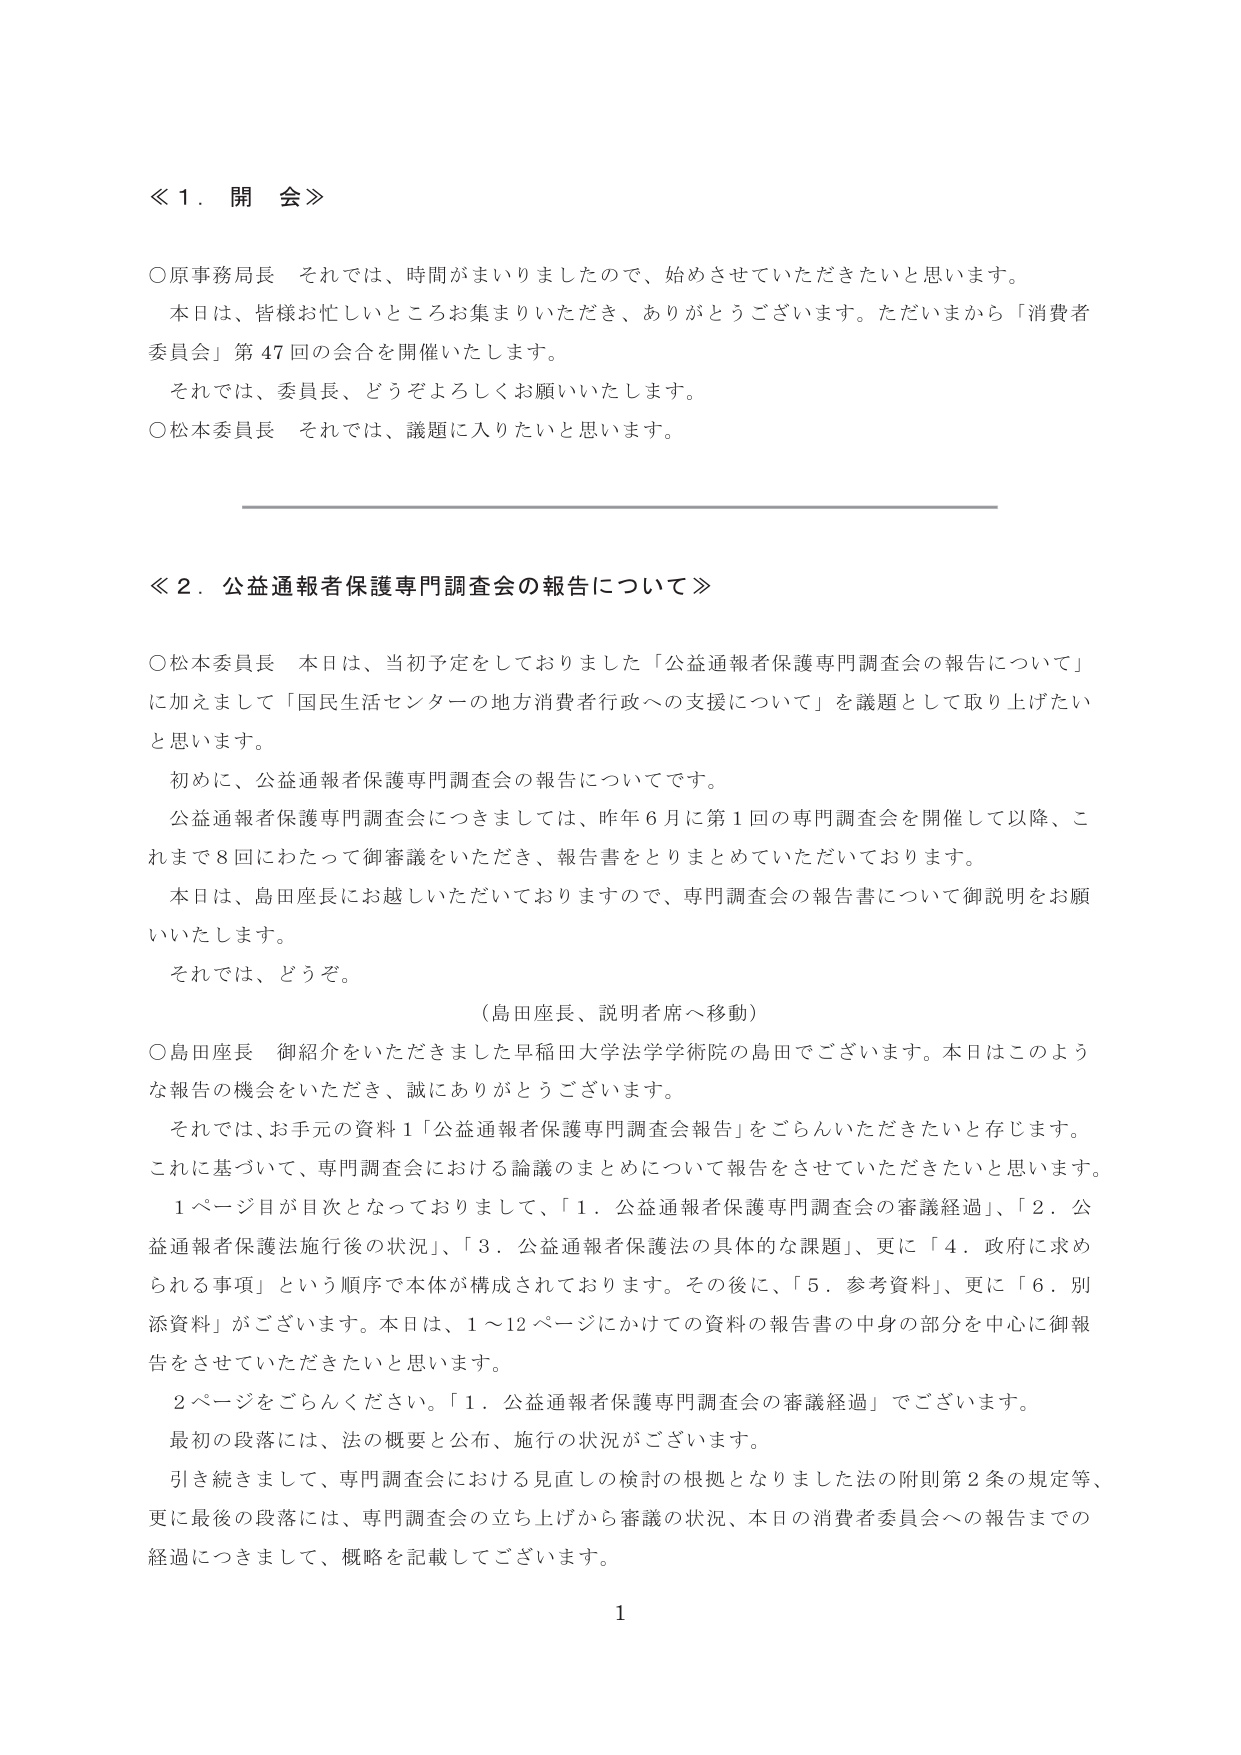
≪１．開会≫

○原事務局長　それでは、時間がまいりましたので、始めさせていただきたいと思います。
　本日は、皆様お忙しいところお集まりいただき、ありがとうございます。ただいまから「消費者委員会」第47回の会合を開催いたします。
　それでは、委員長、どうぞよろしくお願いいたします。
○松本委員長　それでは、議題に入りたいと思います。

≪２．公益通報者保護専門調査会の報告について≫

○松本委員長　本日は、当初予定をしておりました「公益通報者保護専門調査会の報告について」に加えまして「国民生活センターの地方消費者行政への支援について」を議題として取り上げたいと思います。
　初めに、公益通報者保護専門調査会の報告についてです。
　公益通報者保護専門調査会につきましては、昨年6月に第1回の専門調査会を開催して以降、これまで8回にわたって御審議をいただき、報告書をとりまとめていただいております。
　本日は、島田座長にお越しいただいておりますので、専門調査会の報告書について御説明をお願いいたします。
　それでは、どうぞ。

　（島田座長、説明者席へ移動）

○島田座長　御紹介をいただきました早稲田大学法学学術院の島田でございます。本日はこのような報告の機会をいただき、誠にありがとうございます。
　それでは、お手元の資料1「公益通報者保護専門調査会報告」をごらんいただきたいと存じます。
　これに基づいて、専門調査会における論議のまとめについて報告をさせていただきたいと思います。
　1ページ目が目次となっておりまして、「1．公益通報者保護専門調査会の審議経過」、「2．公益通報者保護法施行後の状況」、「3．公益通報者保護法の具体的な課題」、更に「4．政府に求められる事項」という順序で本体が構成されております。その後に、「5．参考資料」、更に「6．別添資料」がございます。本日は、1～12ページにかけての資料の報告書の中身の部分を中心に御報告をさせていただきたいと思います。
　2ページをごらんください。「1．公益通報者保護専門調査会の審議経過」でございます。
　最初の段落には、法の概要と公布、施行の状況がございます。
　引き続きまして、専門調査会における見直しの検討の根拠となりました法の附則第2条の規定等、更に最後の段落には、専門調査会の立ち上げから審議の状況、本日の消費者委員会への報告までの経過につきまして、概略を記載してございます。

1